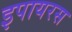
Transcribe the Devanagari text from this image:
इपायरस